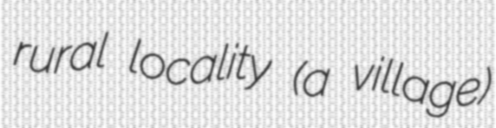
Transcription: rural locality (a village)